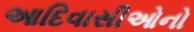
આદિવાસીઓનો